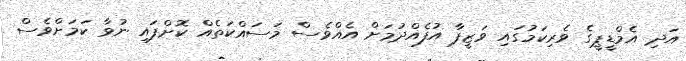
އަދި އެމްޑީޕީގެ ވެރިކަމުގައި ވަޒީފާ އުފެއްދުމަށް އެއްވެސް މަސައްކަތެއް ކޮށްފައި ނުވާ ކަމަށްވެސް